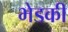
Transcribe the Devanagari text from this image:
भेडकी